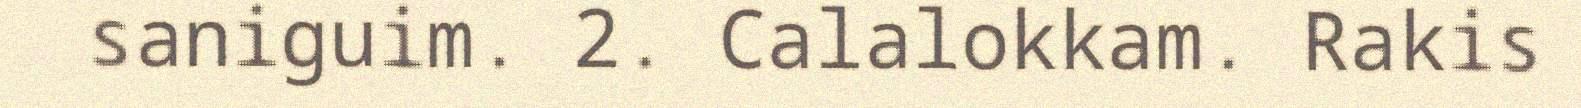
saniguim. 2. Calalokkam. Rakis